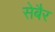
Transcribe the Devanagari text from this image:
सेबैर